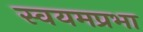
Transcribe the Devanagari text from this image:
स्वयमप्रभा